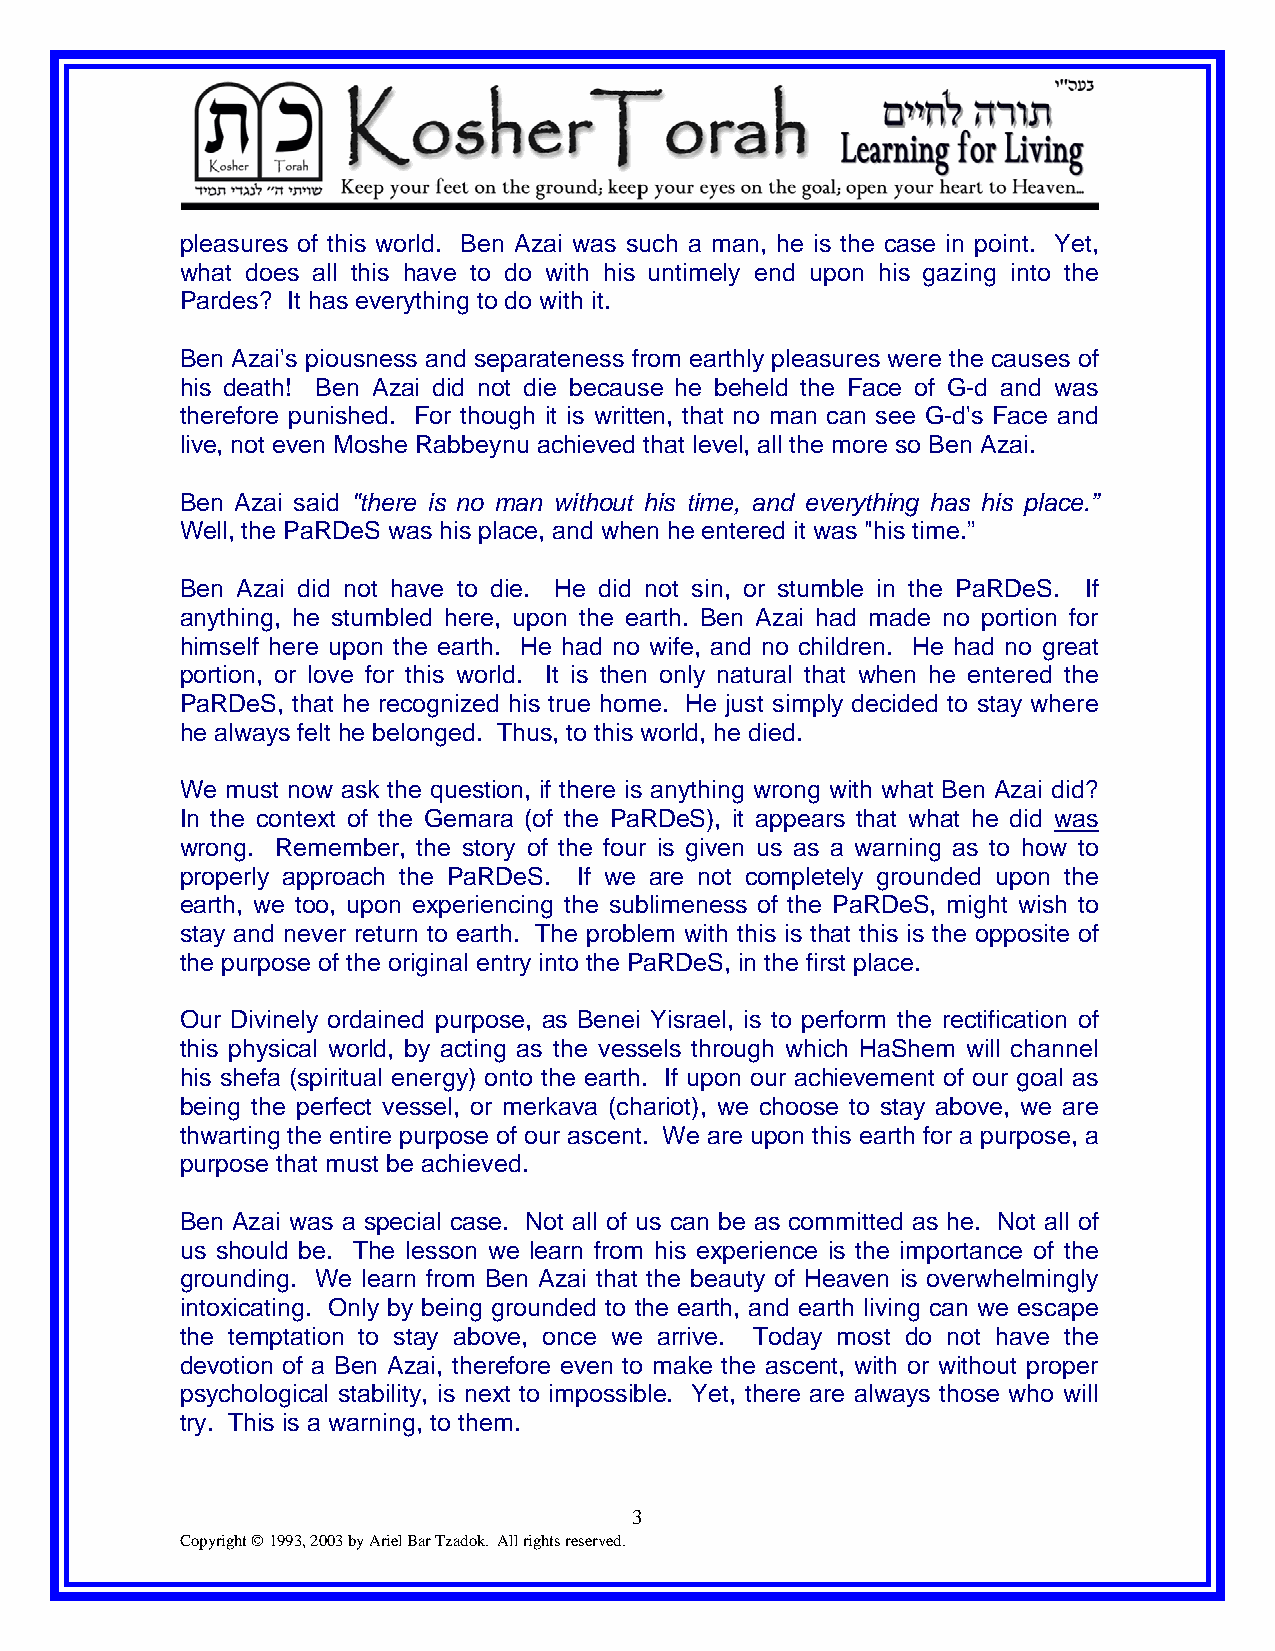
pleasures of this world. Ben Azai was such a man, he is the case in point. Yet,
 what does all this have to do with his untimely end upon his gazing into the
 Pardes? It has everything to do with it.
 Ben Azai's piousness and separateness from earthly pleasures were the causes of
 his death! Ben Azai did not die because he beheld the Face of G-d and was
 therefore punished. For though it is written, that no man can see G-d's Face and
 live, not even Moshe Rabbeynu achieved that level, all the more so Ben Azai.
 Ben Azai said "there is no man without his time, and everything has his place.”
 Well, the PaRDeS was his place, and when he entered it was "his time.”
 Ben Azai did not have to die. He did not sin, or stumble in the PaRDeS. If
 anything, he stumbled here, upon the earth. Ben Azai had made no portion for
 himself here upon the earth. He had no wife, and no children. He had no great
 portion, or love for this world. It is then only natural that when he entered the
 PaRDeS, that he recognized his true home. He just simply decided to stay where
 he always felt he belonged. Thus, to this world, he died.
 We must now ask the question, if there is anything wrong with what Ben Azai did?
 In the context of the Gemara (of the PaRDeS), it appears that what he did was
 wrong. Remember, the story of the four is given us as a warning as to how to
 properly approach the PaRDeS. If we are not completely grounded upon the
 earth, we too, upon experiencing the sublimeness of the PaRDeS, might wish to
 stay and never return to earth. The problem with this is that this is the opposite of
 the purpose of the original entry into the PaRDeS, in the first place.
 Our Divinely ordained purpose, as Benei Yisrael, is to perform the rectification of
 this physical world, by acting as the vessels through which HaShem will channel
 his shefa (spiritual energy) onto the earth. If upon our achievement of our goal as
 being the perfect vessel, or merkava (chariot), we choose to stay above, we are
 thwarting the entire purpose of our ascent. We are upon this earth for a purpose, a
 purpose that must be achieved.
 Ben Azai was a special case. Not all of us can be as committed as he. Not all of
 us should be. The lesson we learn from his experience is the importance of the
 grounding. We learn from Ben Azai that the beauty of Heaven is overwhelmingly
 intoxicating. Only by being grounded to the earth, and earth living can we escape
 the temptation to stay above, once we arrive. Today most do not have the
 devotion of a Ben Azai, therefore even to make the ascent, with or without proper
 psychological stability, is next to impossible. Yet, there are always those who will
 try. This is a warning, to them.
 3
 Copyright © 1993, 2003 by Ariel Bar Tzadok. All rights reserved.